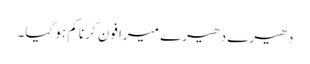
دھیرے دھیرے میرا فون کرنا کم ہو گیا۔